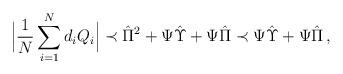
LaTeX: \begin{align*}\Big|\frac{1}{N}\sum_{i=1}^N d_i Q_i\Big|\prec \hat{\Pi}^2+\Psi \hat{\Upsilon}+ \Psi\hat{\Pi}\prec \Psi \hat{\Upsilon}+ \Psi\hat{\Pi}\,, \end{align*}